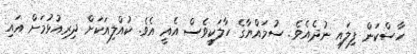
ހާސްކަން ފިލައި ނުދެއެވެ. ސުމައްޔާގެ ހާލަކީވެސް އެއީ އެވެ. ކުއްލިއަކަށް ދިރިއުޅުމަށް އައި